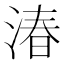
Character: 湷